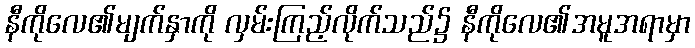
နီကိုလေ၏မျက်နှာကို လှမ်းကြည့်လိုက်သည်၌ နီကိုလေ၏အမူအရာမှာ